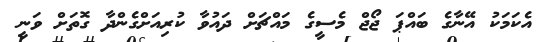
އެކަމަކު އޭނާގެ ބައްޕަ ޖޯޖް މެސީގެ މައްޗަށް ދައުވާ ކުރިއަށްގެންދާ ގޮތަށް ވަނީ